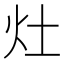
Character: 灶